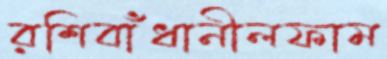
রশিবাঁধানীলফাম